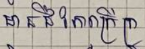
មានជីរភាពក្រីក្រ